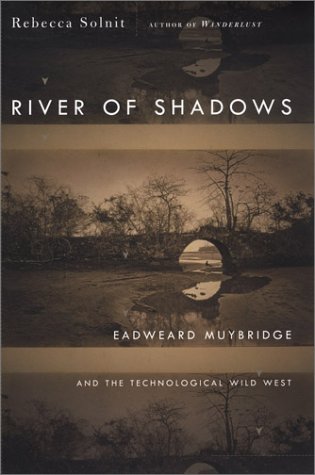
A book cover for River of Shadows: Eadweard Muybridge and the Technological Wild West; Rebecca Solnit; Arts & Photography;